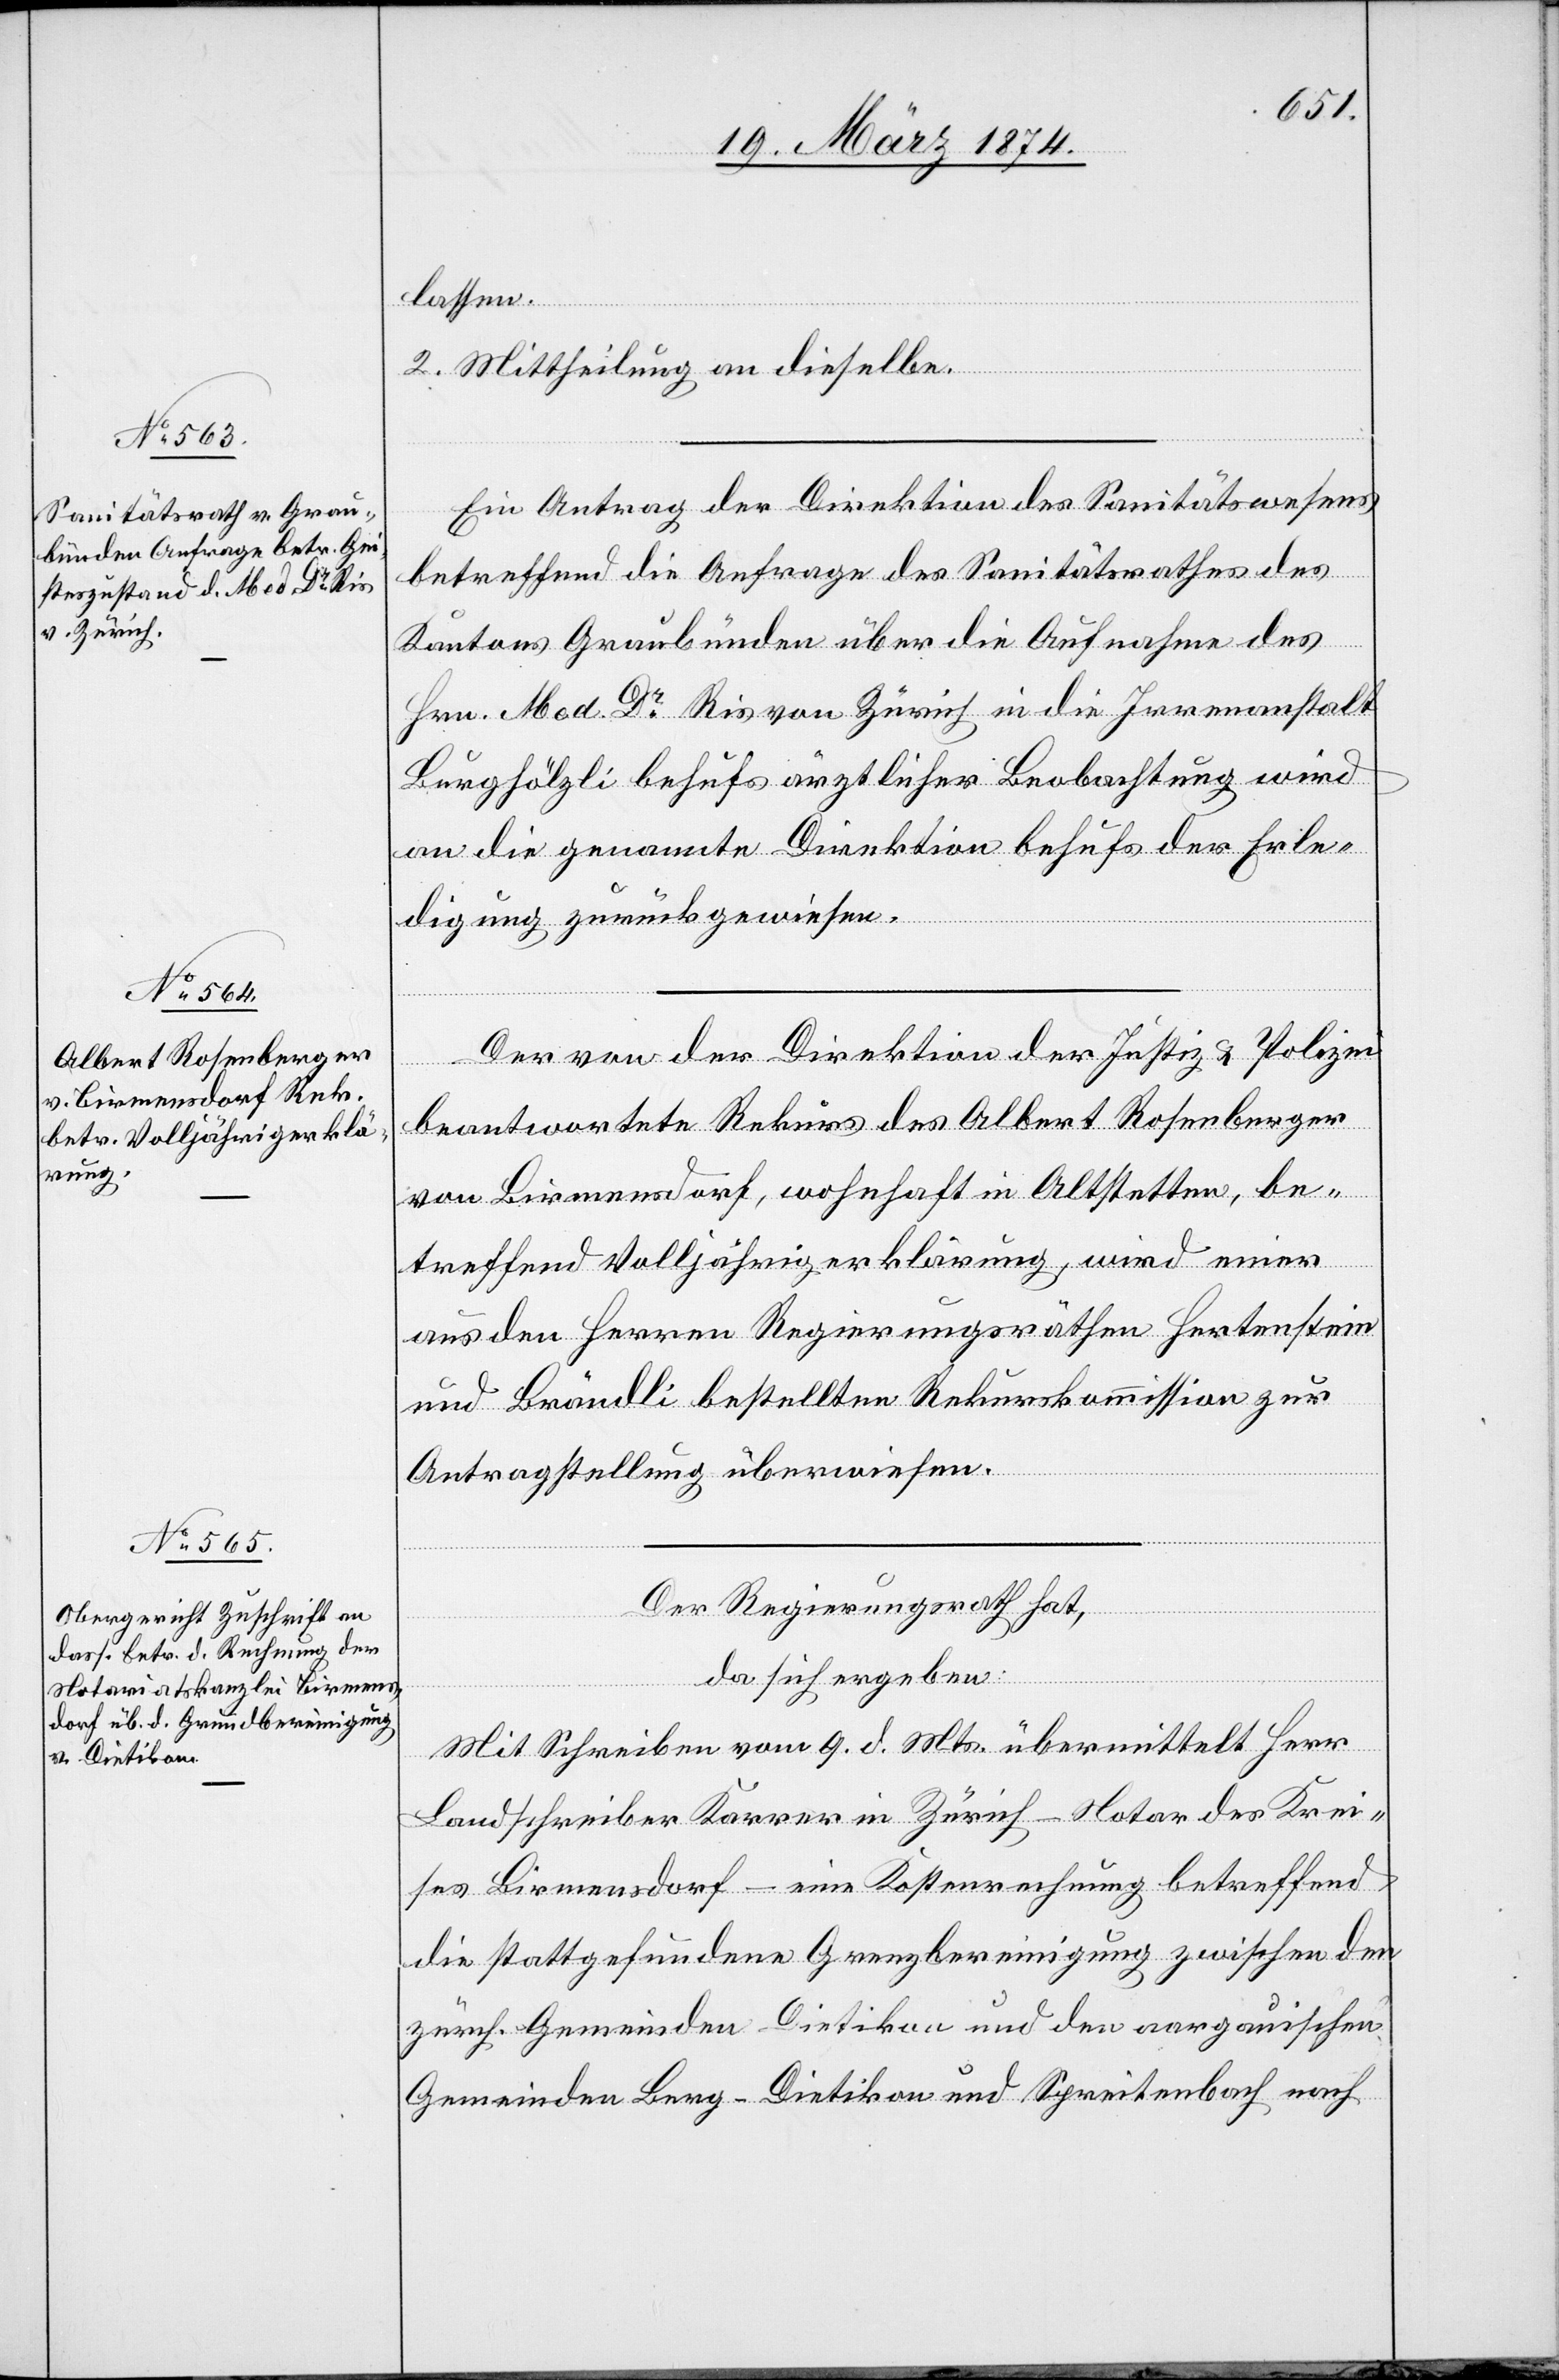
lassen.
2. Mittheilung an dieselbe.
Ein Antrag der Direktion des Sanitätswesens
betreffend die Anfrage des Sanitätsrathes des
Kantons Graubünden über die Aufnahme des
Hrn. Med. Dr Ris von Zürich in die Irrenanstalt
Burghölzli behufs ärztlicher Beobachtung wird
an die genannte Direktion behufs der Erle¬
digung zurückgewiesen.
Der von der Direktion der Justiz u. Polizei
beantwortete Rekurs des Albert Rosenberger
von Birmensdorf, wohnhaft in Altstetten, be¬
treffend Volljährigerklärung, wird einer
aus den Herren Regierungsräthen Hertenstein
und Brändli bestellten Rekurskommission zur
Antragstellung überwiesen.
Der Regierungsrath hat,
da sich ergeben:
Mit Schreiben vom 9. d. Mts. übermittelt Herr
Landschreiber Karrer in Zürich – Notar des Krei¬
ses Birmendsdorf – eine Kostenrechnung betreffend
die stattgefundene Grenzbereinigung zwischen den
zürch. Gemeinden Dietikon und den aargauischen
Gemeinden Berg-Dietikon und Spreitenbach nach